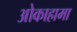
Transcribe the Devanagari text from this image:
ओकाहामा